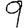
Digit: 9